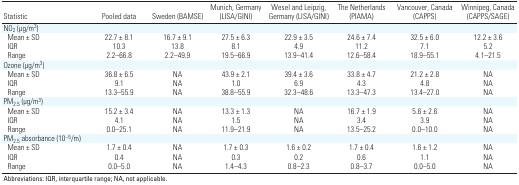
<table><thead><tr><td><b>Statistic</b></td><td><b>Pooled data</b></td><td><b>Sweden (BAMSE)</b></td><td><b>Munich, Germany (LISA/GINI)</b></td><td><b>Wesel and Leipzig, Germany (LISA/GINI)</b></td><td><b>The Netherlands (PIAMA)</b></td><td><b>Vancouver, Canada (CAPPS)</b></td><td><b>Winnipeg, Canada (CAPPS/SAGE)</b></td></tr></thead><tbody><tr><td><b>NO<sub>2</sub> (μg/m<sup>3</sup>)</b></td></tr><tr><td><b>Mean ± SD</b></td><td>22.7 ± 8.1</td><td>16.7 ± 9.1</td><td>27.5 ± 6.3</td><td>22.9 ± 3.5</td><td>24.6 ± 7.4</td><td>32.5 ± 6.0</td><td>12.2 ± 3.6</td></tr><tr><td><b>IQR</b></td><td>10.3</td><td>13.8</td><td>8.1</td><td>4.9</td><td>11.2</td><td>7.1</td><td>5.2</td></tr><tr><td><b>Range</b></td><td>2.2–66.8</td><td>2.2–49.9</td><td>19.5–66.9</td><td>13.9–41.4</td><td>12.6–58.4</td><td>18.9–55.1</td><td>4.1–21.5</td></tr><tr><td><b>Ozone (μg/m<sup>3</sup>)</b></td></tr><tr><td><b>Mean ± SD</b></td><td>36.8 ± 6.5</td><td>NA</td><td>43.9 ± 2.1</td><td>39.4 ± 3.6</td><td>33.8 ± 4.7</td><td>21.2 ± 2.8</td><td>NA</td></tr><tr><td><b>IQR</b></td><td>9.1</td><td>NA</td><td>1.0</td><td>6.9</td><td>4.3</td><td>4.8</td><td>NA</td></tr><tr><td><b>Range</b></td><td>13.3–55.9</td><td>NA</td><td>38.8–55.9</td><td>32.3–48.6</td><td>13.3–47.3</td><td>13.4–27.0</td><td>NA</td></tr><tr><td><b>PM<sub>2.5</sub> (μg/m<sup>3</sup>)</b></td></tr><tr><td><b>Mean ± SD</b></td><td>15.2 ± 3.4</td><td>NA</td><td>13.3 ± 1.3</td><td>NA</td><td>16.7 ± 1.9</td><td>5.6 ± 2.6</td><td>NA</td></tr><tr><td><b>IQR</b></td><td>4.1</td><td>NA</td><td>1.5</td><td>NA</td><td>3.4</td><td>3.9</td><td>NA</td></tr><tr><td><b>Range</b></td><td>0.0–25.1</td><td>NA</td><td>11.9–21.9</td><td>NA</td><td>13.5–25.2</td><td>0.0–10.0</td><td>NA</td></tr><tr><td><b>PM<sub>2.5</sub> absorbance (10<sup>–5</sup>/m)</b></td></tr><tr><td><b>Mean ± SD</b></td><td>1.7 ± 0.4</td><td>NA</td><td>1.7 ± 0.3</td><td>1.6 ± 0.2</td><td>1.7 ± 0.4</td><td>1.6 ± 1.2</td><td>NA</td></tr><tr><td><b>IQR</b></td><td>0.4</td><td>NA</td><td>0.3</td><td>0.2</td><td>0.6</td><td>1.1</td><td>NA</td></tr><tr><td><b>Range</b></td><td>0.0–5.0</td><td>NA</td><td>1.4–4.3</td><td>0.8–2.3</td><td>0.8–3.7</td><td>0.0–5.0</td><td>NA</td></tr><tr><td colspan="8">Abbreviations: IQR, interquartile range; NA, not applicable.</td></tr></tbody></table>